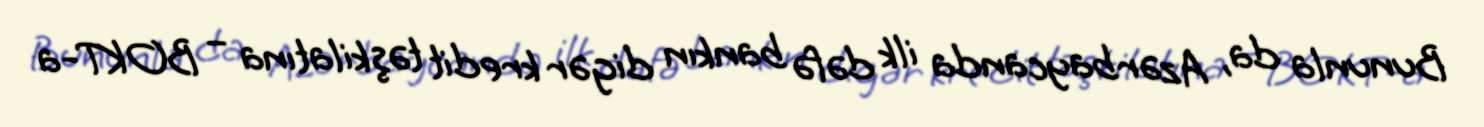
Bununla da, Azərbaycanda ilk dəfə bankın digər kredit təşkilatına – BOKT-a